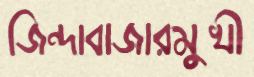
জিন্দাবাজারমুখী